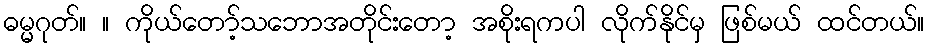
ဓမ္မဂုတ်။ ။ ကိုယ်တော့်သဘောအတိုင်းတော့ အစိုးရကပါ လိုက်နိုင်မှ ဖြစ်မယ် ထင်တယ်။